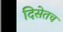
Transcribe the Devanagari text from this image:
दिसेतच